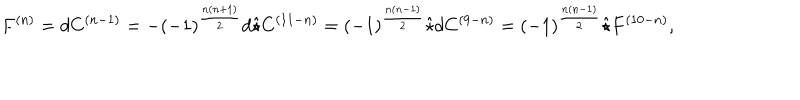
F ^ { ( n ) } = d C ^ { ( n - 1 ) } = - ( - 1 ) ^ { \frac { n ( n + 1 ) } { 2 } } d \hat { \star } C ^ { ( 1 1 - n ) } = ( - 1 ) ^ { \frac { n ( n - 1 ) } { 2 } } \hat { \star } d C ^ { ( 9 - n ) } = ( - 1 ) ^ { \frac { n ( n - 1 ) } { 2 } } \hat { \star } F ^ { ( 1 0 - n ) } ,